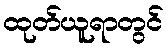
ထုတ်ယူရာတွင်